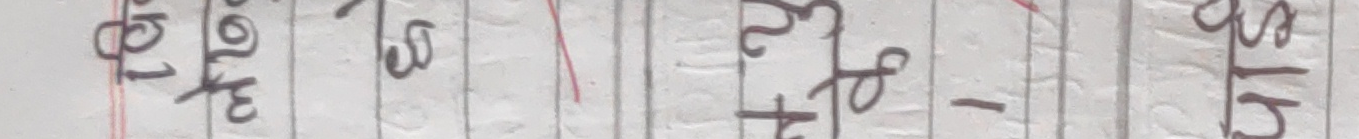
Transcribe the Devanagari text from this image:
नत्र वक्षेत्र